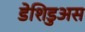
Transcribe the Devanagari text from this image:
डेशिडुअस